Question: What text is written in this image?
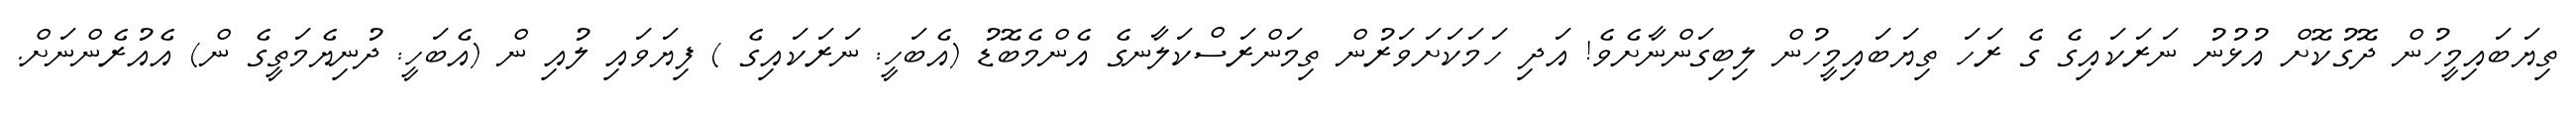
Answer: ތިޔަބައިމީހުން ދޮގުކޮށް އުޅުނު ނަރަކައިގެ ގެ ރަހަ ތިޔަބައިމީހުން ލިބިގަންނާށެވެ! އަދި ހަމަކަށަވަރުން ތިމަންރަސްކަލާނގެ އެންމެބޮޑު (އެބަހީ: ނަރަކައިގެ ) ފިޔަވައި ލުއި ން (އެބަހީ: ދުނިޔެމަތީގެ ން) އެއުރެންނަށް.